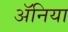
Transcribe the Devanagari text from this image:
ॲनिया